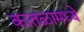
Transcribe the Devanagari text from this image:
कातळामध्ये